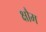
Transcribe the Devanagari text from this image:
क्षौम